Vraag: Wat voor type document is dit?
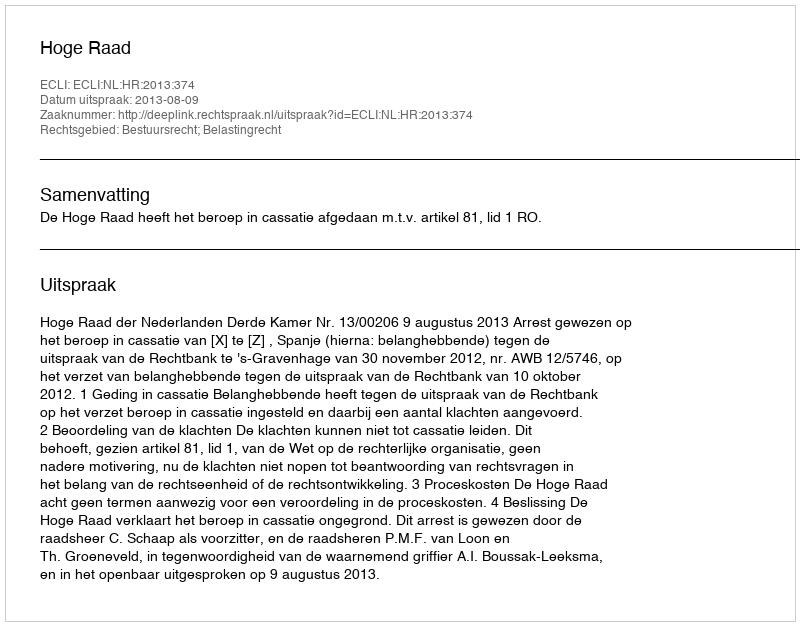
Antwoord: Uitspraak